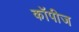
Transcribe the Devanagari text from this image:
कॉपीज